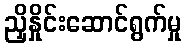
ညှိနှိုင်းဆောင်ရွက်မှု